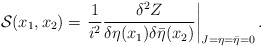
\begin{align*}{\cal S}(x_1, x_2) = \left.\frac{1}{i^2} \frac{\delta^2Z}{\delta \eta(x_1)\delta \bar \eta(x_2)}\right|_{J = \eta = \bar{\eta} = 0}.\end{align*}